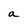
Character: a